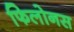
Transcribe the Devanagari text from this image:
फिलोनस